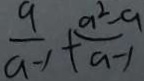
\frac { a } { a - 1 } + \frac { a ^ { 2 } - 9 } { a - 1 }